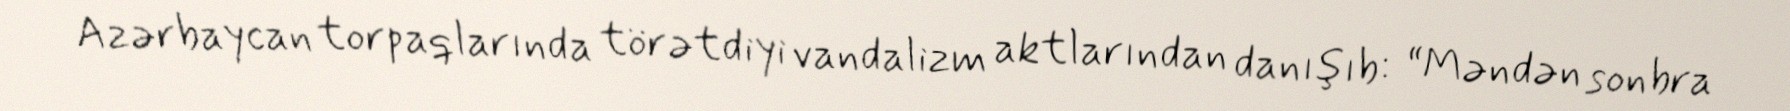
Azərbaycan torpaqlarında törətdiyi vandalizm aktlarından danışıb: “Məndən sonbra